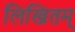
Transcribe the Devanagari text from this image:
लिखितम्